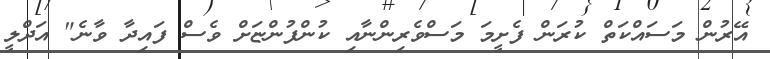
އޭރުން މަސައްކަތް ކުރަން ފެށީމަ މަސްވެރިންނާއި ކުންފުންޏަށް ވެސް ފައިދާ ވާނެ" އަދްލީ